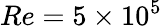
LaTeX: Re=5\times 10^{5}